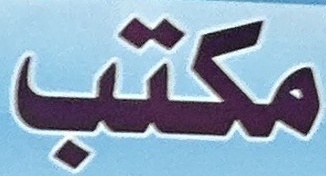
مكتب